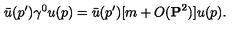
\bar { u } ( p ^ { \prime } ) \gamma ^ { 0 } u ( p ) = \bar { u } ( p ^ { \prime } ) [ m + O ( { \bf P } ^ { 2 } ) ] u ( p ) .